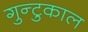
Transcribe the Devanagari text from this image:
गुन्टुकाल